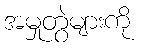
အမှုတွဲများကို